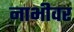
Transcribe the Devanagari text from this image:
नाभीवर